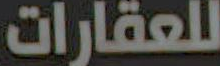
للعقارات